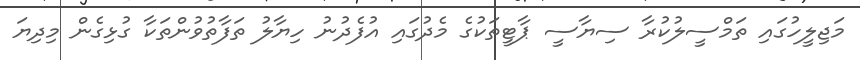
މަޖިލީހުގައި ތަމްސީލުކުރާ ސިޔާސީ ޕާޓީތަކުގެ މެދުގައި އުފެދުނު ހިޔާލު ތަފާތުވުންތަކާ ގުޅިގެން މިދިޔަ